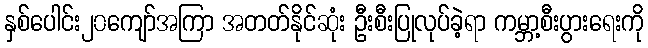
နှစ်ပေါင်း၂၀ကျော်အကြာ အတတ်နိုင်ဆုံး ဦးစီးပြုလုပ်ခဲ့ရာ ကမ္ဘာ့စီးပွားရေးကို